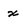
Character: x